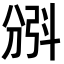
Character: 𣁺